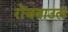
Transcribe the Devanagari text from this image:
रोजबाउल